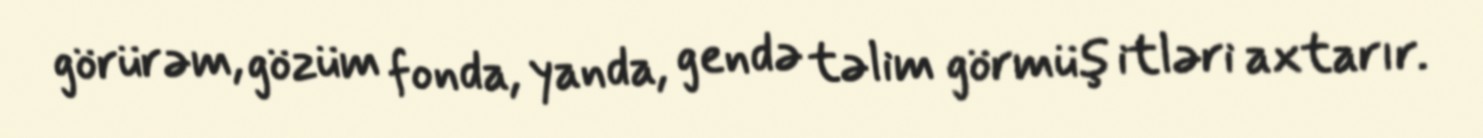
görürəm, gözüm fonda, yanda, gendə təlim görmüş itləri axtarır.